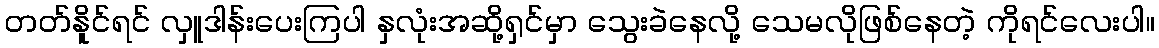
တတ်နိူင်ရင် လှူဒါန်းပေးကြပါ နှလုံးအဆို့ရှင်မှာ သွေးခဲနေလို့ သေမလိုဖြစ်နေတဲ့ ကိုရင်လေးပါ။